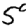
Digit: 5